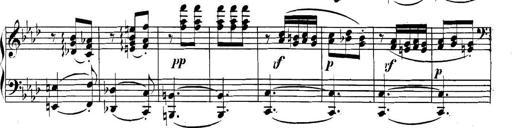
Title: Collected Piano Sonatas
Composer: Muzio Clementi